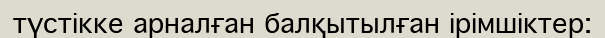
түстікке арналған балқытылған ірімшіктер: